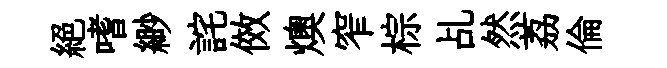
絶嗜緲詫傚燠窄棕乩然荔倫